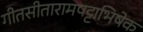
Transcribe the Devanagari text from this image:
गीतसीतारामपट्टाभिषेक